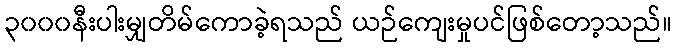
၃၀၀၀နီးပါးမျှတိမ်ကောခဲ့ရသည် ယဉ်ကျေးမှုပင်ဖြစ်တော့သည်။